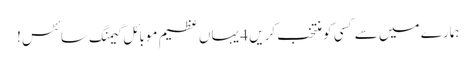
ہمارے میں سے کسی کو منتخب کریں 4 یہاں عظیم موبائل گیمنگ سائٹس!